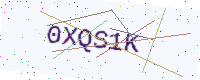
Text: 0XQS1K